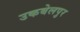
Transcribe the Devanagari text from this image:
उकबेलपुर